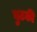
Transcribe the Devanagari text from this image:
बुटकी